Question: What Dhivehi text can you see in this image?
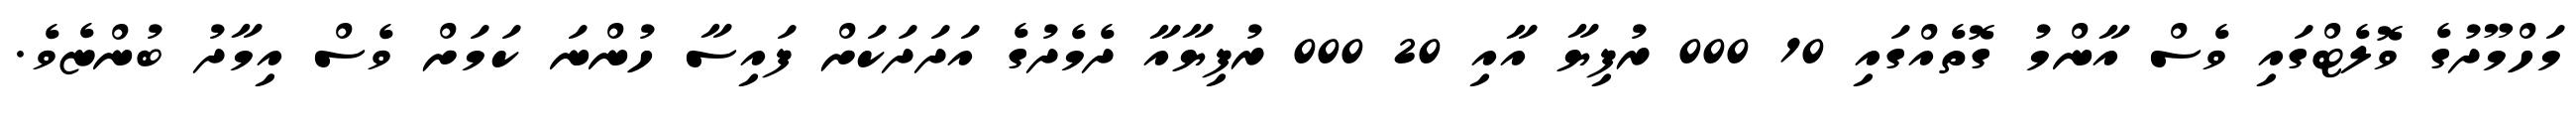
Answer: މަހްމޫދުގެ ވޮލެޓްގައި ވެސް އާންމު ގޮތެއްގައި 10 000 ރުފިޔާ އާއި 20 000 ރުފިޔާއާ ދެމެދުގެ އަދަދަކަށް ފައިސާ ހުންނަ ކަމަށް ވެސް އިމާދު ބުންޏެވެ.